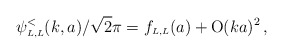
\begin{align*}\psi_{\scriptscriptstyle{L, L}}^<(k,a)/\sqrt 2 \pi=f_{\scriptscriptstyle{L, L}}(a) + \mbox{O}(ka)^2\,,\end{align*}